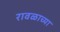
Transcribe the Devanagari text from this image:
रावळाच्या